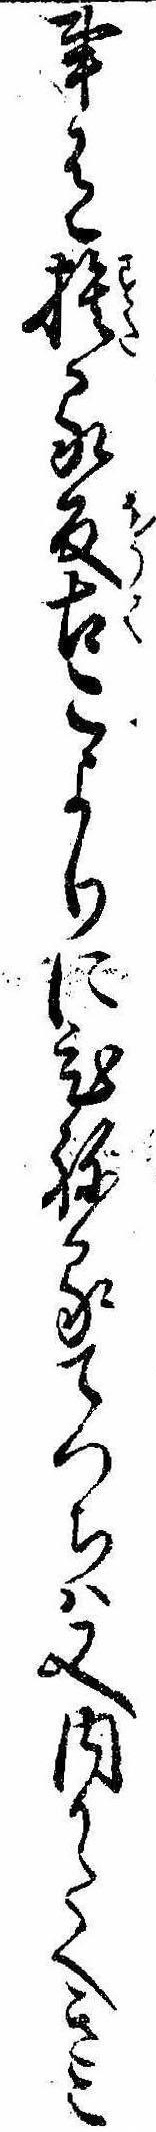
事有捨る反古こよりにひねるてつちは又内かたへきこ